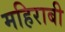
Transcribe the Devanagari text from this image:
महिराबी